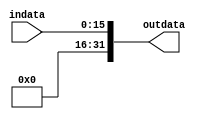
`timescale 1ns / 1ps
//////////////////////////////////////////////////////////////////////////////////
// Company: 
// Engineer: 
// 
// Design Name: 
// Module Name: sigext32
// Project Name: 
// Target Devices: 
// Tool Versions: 
// Description: 
// 
// Dependencies: 
// 
// Revision:
// Revision 0.01 - File Created
// Additional Comments:
// 
//////////////////////////////////////////////////////////////////////////////////


module sigext32(
    input[15:0] indata,
    output[31:0] outdata
    );
    assign outdata = {16'd0,indata[15:0]};
endmodule